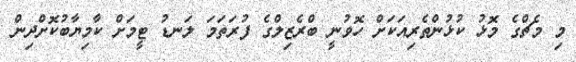
މި މެޗްގެ މޮޅު ކުޅުންތެރިއަކަށް ހޮވުނީ ބްރެޒިލްގެ ފުރަތަމަ ލަނޑު ޓީމަށް ކާމިޔާބުކޮށްދިން